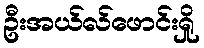
ဦးအယ်လ်ဖောင်းရှို